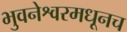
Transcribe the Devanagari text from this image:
भुवनेश्वरमधूनच